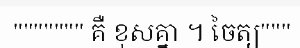
""""""" គឺ ខុសគ្នា ។ ចៃត្យ"""